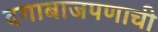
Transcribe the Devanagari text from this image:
दगाबाजपणाची